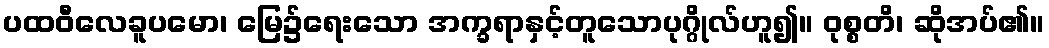
ပထဝီလေခူပမော၊ မြေ၌ရေးသော အက္ခရာနှင့်တူသောပုဂ္ဂိုလ်ဟူ၍။ ဝုစ္စတိ၊ ဆိုအပ်၏။